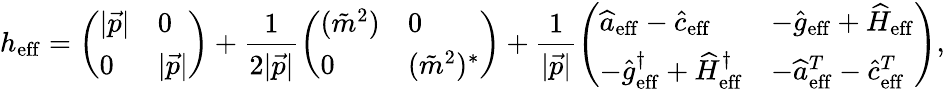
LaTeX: h_{\mathrm{eff}}={\left(\begin{array}{ll}{|{\vec{p}}|}&{0}\\ {0}&{|{\vec{p}}|}\end{array}\right)}+{\frac{1}{2|{\vec{p}}|}}{\left(\begin{array}{ll}{({\tilde{m}}^{2})}&{0}\\ {0}&{({\tilde{m}}^{2})^{*}}\end{array}\right)}+{\frac{1}{|{\vec{p}}|}}{\left(\begin{array}{ll}{{\widehat{a}}_{\mathrm{eff}}-{\widehat{c}}_{\mathrm{eff}}}&{-{\widehat{g}}_{\mathrm{eff}}+{\widehat{H}}_{\mathrm{eff}}}\\ {-{\widehat{g}}_{\mathrm{eff}}^{\dagger}+{\widehat{H}}_{\mathrm{eff}}^{\dagger}}&{-{\widehat{a}}_{\mathrm{eff}}^{T}-{\widehat{c}}_{\mathrm{eff}}^{T}}\end{array}\right)},